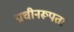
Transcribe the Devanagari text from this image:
प्राचीनरूपता